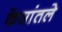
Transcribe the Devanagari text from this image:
केसांतले